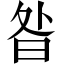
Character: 昝